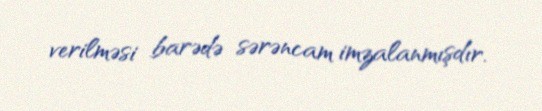
verilməsi barədə sərəncam imzalanmışdır.